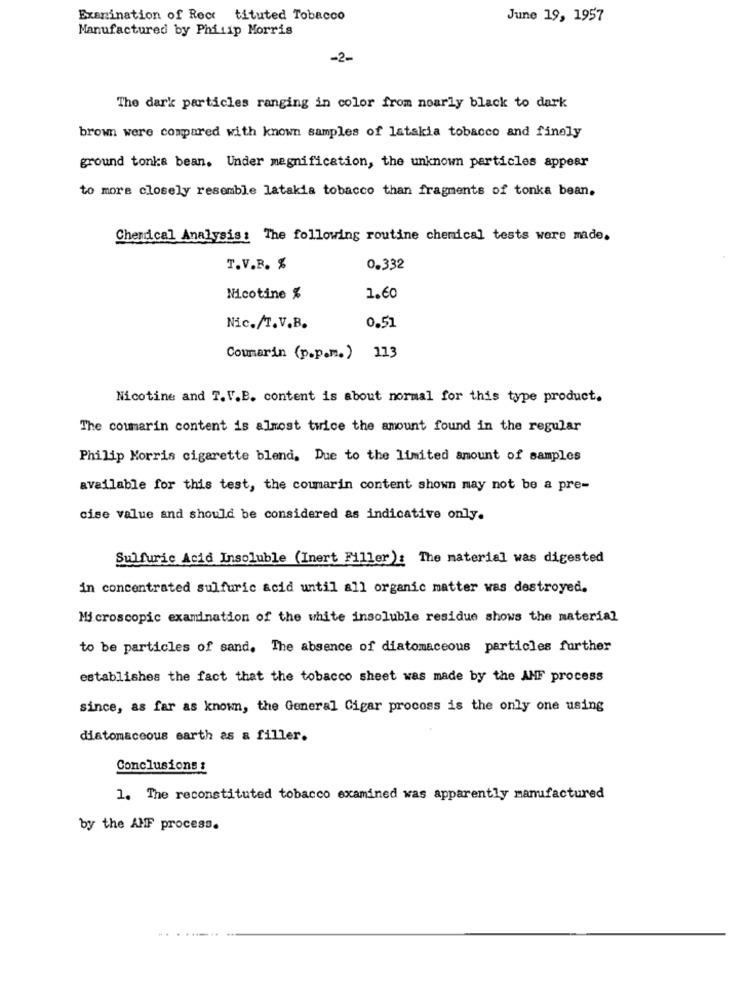
Examination of Rece tituted Tobacco
June 19, 1957
Manufactured by Philip Morris
-2-
The dark particles ranging in color from noarly black to dark
brown were compared with known samples of latakia tobacco and finely
ground tonka bean. Under magnification, the unknown particles appear
to more closely resemble latakia tobacco than fragments of tonka bean.
Chemical Analysis: The following routine chemical tests were made.
T.V.B. %
0.332
Nicotine %
1.60
Nic./T. V.B.
0.51
113
Coumarin (p.p.m.)
Nicotine and T.V.B. content is about normal for this type product.
The coumarin content is almost twice the amount found in the regular
Philip Morris cigarette blend, Due to the limited amount of samples
available for this test, the coumarin content shown may not be a pre-
cise value and should be considered as indicative only.
Sulfuric Acid Insoluble (Inert Filler): The material was digested
in concentrated sulfuric acid until all organic matter was destroyed.
Microscopic examination of the white insoluble residue shows the material
to be particles of sand. The absence of diatomaceous particles further
establishes the fact that the tobacco sheet was made by the AHF process
since, as far as known, the General Cigar procoss is the only one using
diatomaceous earth as & filler.
Conclusions :
1. The reconstituted tobacco examined was apparently manufactured
by the AMF process.
. ..